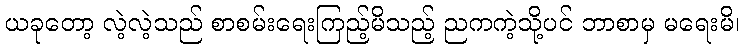
ယခုတော့ လဲ့လဲ့သည် စာစမ်းရေးကြည့်မိသည့် ညကကဲ့သို့ပင် ဘာစာမှ မရေးမိ၊